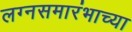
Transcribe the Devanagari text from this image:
लग्नसमारंभाच्या